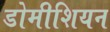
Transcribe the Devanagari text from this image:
डोमीशियन